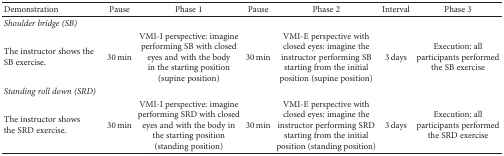
<table><thead><tr><td><b>Demonstration</b></td><td><b>Pause</b></td><td><b>Phase 1</b></td><td><b>Pause</b></td><td><b>Phase 2</b></td><td><b>Interval</b></td><td><b>Phase 3</b></td></tr></thead><tbody><tr><td><i>Shoulder bridge (SB)</i></td><td></td><td></td><td></td><td></td><td></td><td></td></tr><tr><td>The instructor shows the SB exercise.</td><td>30 min</td><td>VMI-I perspective: imagine performing SB with closed eyes and with the body in the starting position (supine position)</td><td>30 min</td><td>VMI-E perspective with closed eyes: imagine the instructor performing SB starting from the initial position (supine position)</td><td>3 days</td><td>Execution: all participants performed the SB exercise</td></tr><tr><td><i>Standing roll down (SRD)</i></td><td></td><td></td><td></td><td></td><td></td><td></td></tr><tr><td>The instructor shows the SRD exercise.</td><td>30 min</td><td>VMI-I perspective: imagine performing SRD with closed eyes and with the body in the starting position (standing position)</td><td>30 min</td><td>VMI-E perspective with closed eyes: imagine the instructor performing SRD starting from the initial position (standing position)</td><td>3 days</td><td>Execution: all participants performed the SRD exercise</td></tr></tbody></table>